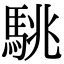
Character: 駣